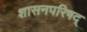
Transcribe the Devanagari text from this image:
शासनपरिषद्